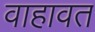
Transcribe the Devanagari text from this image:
वाहावत